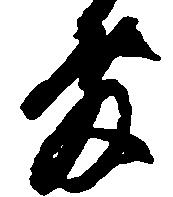
発